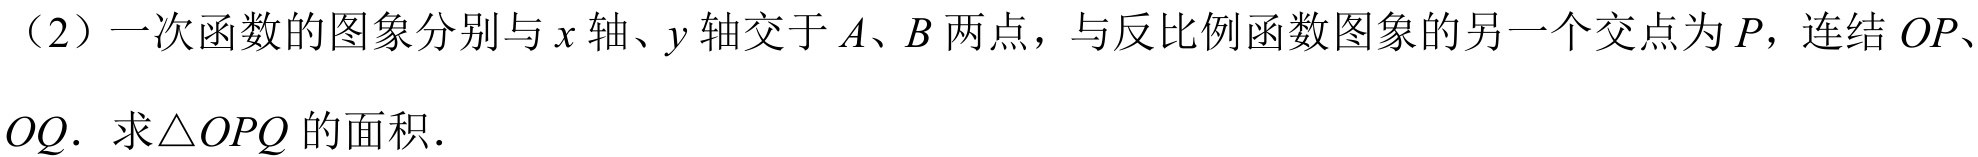
（2）一次函数的图象分别与\(x\)轴、\(y\)轴交于\(A\)、\(B\)两点，与反比例函数图象的另一个交点为\(P\)，连结\(OP\)、
\(OQ\)．求\(\triangle OPQ\)的面积．